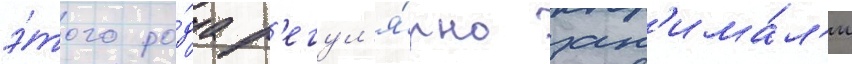
э́того ро́да р'егул'я́рно зан'има́л'и